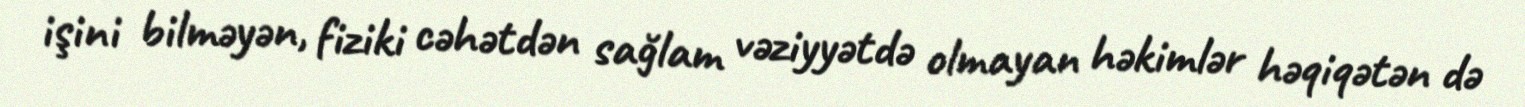
işini bilməyən, fiziki cəhətdən sağlam vəziyyətdə olmayan həkimlər həqiqətən də